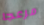
مزعجا